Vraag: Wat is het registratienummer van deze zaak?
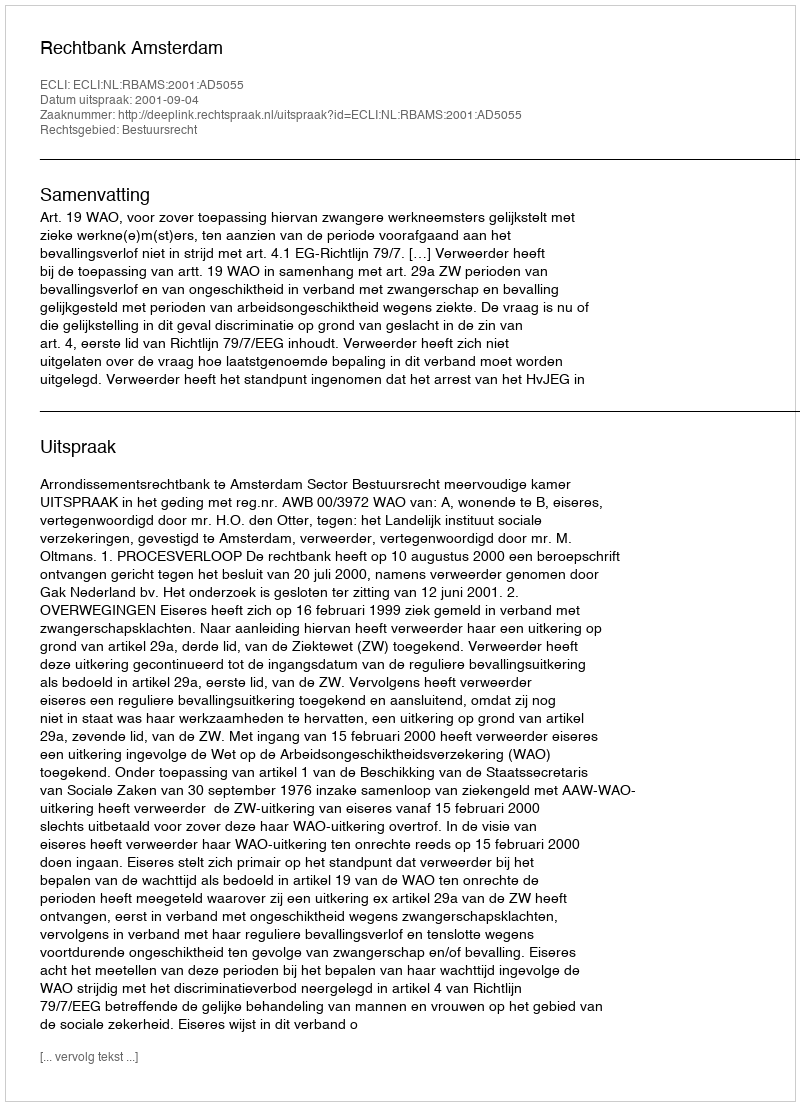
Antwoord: http://deeplink.rechtspraak.nl/uitspraak?id=ECLI:NL:RBAMS:2001:AD5055